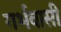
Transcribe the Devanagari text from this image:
गर्भवासी